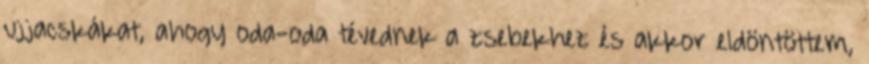
ujjacskákat, ahogy oda-oda tévednek a zsebekhez és akkor eldöntöttem,